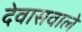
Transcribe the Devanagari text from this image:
देवासवाले